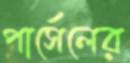
পার্সেলের